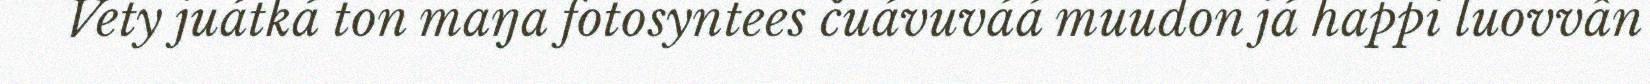
Vety juátká ton maŋa fotosyntees čuávuváá muudon já happi luovvân